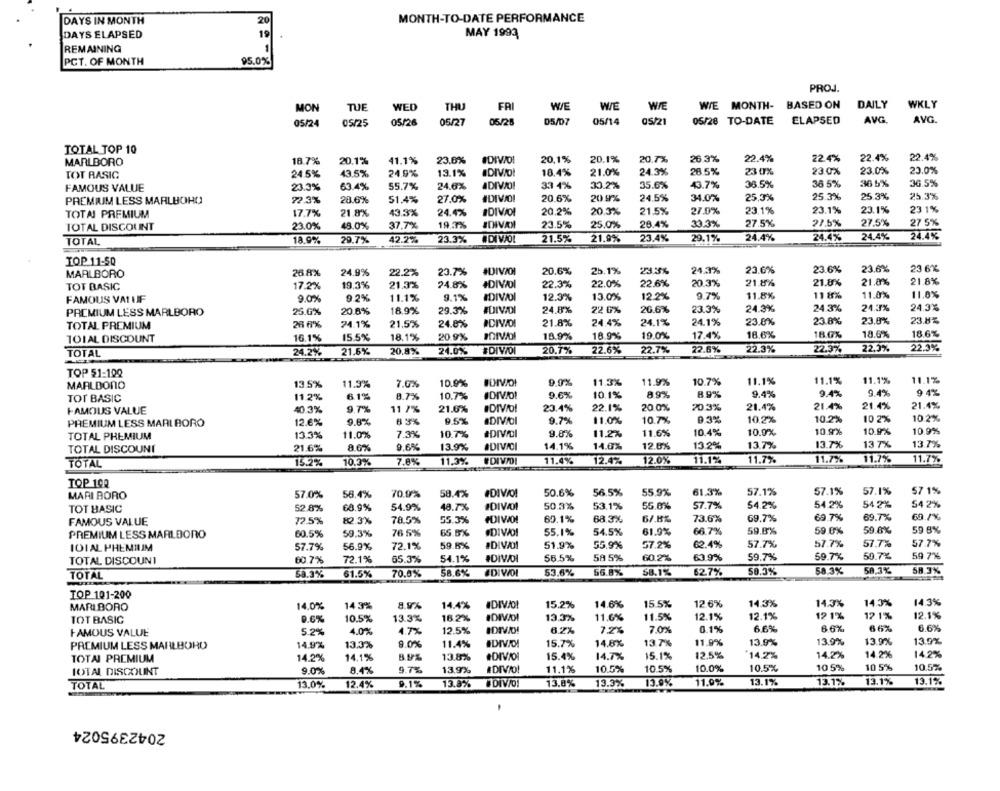
DAYS IN MONTH
20
MONTH-TO-DATE PERFORMANCE
19
MAY 1993
DAYS ELAPSED
REMAINING
1
PCT. OF MONTH
95.0%
PROJ.
DAILY
MON
TUE
WED
THU
WE
WE
WIE
WIE MONTH- BASED ON
WKLY
ELAPSED
AVG
AVG.
05/24
05/25
05/26
05/27
05/28
05/07
05/14
05/21
05/28 TO-DATE
TOTAL TOP 10
#DIVIDI
20,1%
20.1%
20.7%
26.3%
22.4%
22.4%
22.4%
22.4%
MARLBORO
18.7%
20.1%
41.1%
23.0%
TOT RASIG
24.5%
43.5%
24,9%
13.1%
#DIVIOL
18.4%
21.0%
24.3%
28.5%
23 0%
23 0%
23.0%
23.0%
38 5%
36 5%
FAMOUS VALUE
23.3%
63.4%
55.7%
24.6%
33 4%
30.2%
35.6%
43.7%
38.5%
36.5%
27.0%
#DIVO!
20.6%
20.9%
24.5%
34.0%
25.3%
25.3%
25.3%
25.3%
PREMIUM LESS MARLBOHO
22.3%
28.6%
51.4%
TOTAL PREMIUM
17.7%
21 8%
43.3%
24.4%
#DIVAOI
20.2%
20.3%
21.5%
27.0%
23.1%
23.1%
23.1%
23 1%
TOTAL DISCOUNT
23.0%
48.0%
37,7%
19.3%
IDIVA
23.5%
25.0%
28.4%
33.3%
27.5%
27.5%
27.5%
27 5%
23.4%
24.4%
24.4%
24.4%
24.4%
TOTAL
18.9%
29.7%
42.2%
23.3%
#DI VIOL
21.5%
21.9%
29.1%
TOP 11-50
25.1%
23.3%
24.3%
23.6%
23.6%
23.6%
23 6%
MARLBORO
26 AX
24.9%
22.2%
23.7%
20.6%
17.2%
19.3%
21.3%
24.8%
#DIVIDI
22.3%
22.0%
22.6%
20.3%
21.8%
21.8%
21.0%
21.8%
TOT BASIC
11.0%
FAMOUS VAI IF
9.0%
9.2%
11.1%
9.1%
IDIVOI
12.3%
13.0%
12.2%
9.7%
11.8%
11 8%
11.0%
24.8%
22 0%
20.6%
23.3%
24.3%
24.3%
24.3%
24.3%
PREMIUM LESS MARLBORO
25.6%
20.6%
18.9%
29.3%
TOTAL PREMIUM
26 6%
24.1%
21.5%
24.8%
IDIVOI
21.8%
24.4%
24.1%
24.1%
23.8%
23.8%
23.8%
23.8%
TO1AL DISCOUNT
16.1%
15.5%
18.1%
20.9%
18.9%
18.9%
19.0%
17.4%
18.6%
18.0%
18.6%
18.6%
22.6%
22.3%
22,3%
22.3%
TOTAL
24.2%
21.6%
20.8%
24.0%
#DIVOI
20.7%
22.6%
22.7%
22.3%
TOP 51-199
11.1%
11.1%
11.1%
11.1%
MARLDONO
13.5%
11.3%
7.0%
10.9%
9.0%
11.3%
11.9%
10.7%
6.1%
8.7%
10.7%
#DIVO!
9.6%
10.1%
8 9%
8.9%
9.4%
9.4%
9.4%
9 4%
TOT BASIC
11.2%
FAMOUS VALUE
40.3%
9 7%
11 7%
21.6%
DIVO!
23.4%
22.1%
20.0%
70 .3%
21.4%
21.4%
21.4%
21.4%
9.5%
9.7%
11.0%
10.7%
93%
10.2%
10.2%
10 2%
10.2%
PREMIUM LESS MARLBORO
12.6%
9.8%
63%
aDIVOI
TOTAL PREMIUM
13.3%
11.0%
7.3%
10.7%
#DIVIDI
9.8%
11.2%
11.6%
10.4%
10.9%
10.9%
10.9%
10.9%
13.7%
13 7%
13.7%
TOTAL DISCOUNT
21.6%
8.6%
9.6%
13.9%
#DIVICI
14.1%
14.0%
12.6%
13.2%
13.7%
#DIVIDI
11.4%
12.0%
11.1%
11.7%
11.7%
11.7%
11.7%
TOTAL
15.2%
10.3%
7.8%
11.3%
12.4%
TOP 100
57.1%
57.1%
57 1%
MARI BORO
57.0%
58.4%
70.0%
58.4%
#DIVOI
50.6%
56.5%
55.9%
61.3%
57.1%
52.8%
54.9%
48.7%
#DIVO!
50.3%
53.1%
55.0%
57.7%
54.2%
54.2%
54 2%
54 2%
TOT BASIC
68.9%
FAMOUS VALUE
72.5%
82.3%
78.5%
55.3%
#DIVO!
60.1%
68,3%
6/.8%
73.6%
69.7%
69.7%
69.7%
69.1%
66.7%
59.8%
59.0%
59.6%
59 8%
PREMIUM LESS MARLBORO
60.5%
59.3%
76 5%
65.5%
.DIVIDI
55.1%
54.5%
61.9%
IOIAL PHEMIUM
57.7%
56.9%
72.1%
59.5%
#DIVAD!
51.9%
55.9%
57.2%
62.4%
57.7%
57.7%
57.7%
57.7%
TOTAL DISCOUNT
60.7%
72.1%
65.3%
54.1%
#DIV/DI
56.5%
58 5%
60.2%
63.9%
59.7%
59.7%
50.7%
59 7%
58.3%
58.3%
58.3%
TOTAL
58.3%
61.5%
70.0%
58,6%
#DIVOI
53.6%
56.8%
58.1%
62.7%
50.3%
TOP 101-200
14.3%
MARLBORO
14.0%
14 3%
8.9%
14.4%
IDIVJO!
15.2%
14.6%
15.5%
12.6%
14.3%
14.3%
14.3%
13.3%
16.2%
#DIVIDI
13.3%
11.6%
11.5%
12.1%
12.1%
12 1%
12 1%
12.1%
TOT BASIC
9.6%
10.5%
FAMOUS VALUE
5.2%
4.0%
4.7%
12.5%
IDIVID!
6.2%
7.2%
7.0%
0.1%
6.6%
66%
66%
6.6%
11.9%
13.9%
13.9%
13.9%
13.9%
PREMIUM LESS MARLBORO
14.9%
13.3%
9.0%
11.4%
IDIVIDI
15.7%
14.6%
13.7%
TOTAL PREMIUM
14.2%
14.1%
8.9%
13.8%
#DIVIO
15.4%
14.7%
15.1%
12.5%
14.2%
14.2%
14.2%
14.2%
TOTAL DISCOUNT
9.0%
8.4%
9.7%
13.9%
#DIVIO!
11.1%
10.5%
10.5%
10.0%
10.5%
10 5%
10 5%
10.5%
13.1%
TOTAL
13.0%
12.4%
9.1%
13.8%
#DIVÍO!
13,8%
13.3%
13.9%
11.9%
13.1%
13.1%
13.1%
2042395024